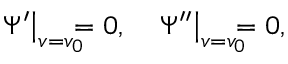
\left. \Psi ^ { \prime } \right\vert _ { v = v _ { 0 } } \! \! \! \! = 0 , \quad \left. \Psi ^ { \prime \prime } \right\vert _ { v = v _ { 0 } } \! \! \! \! = 0 ,